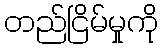
တည်ငြိမ်မှုကို